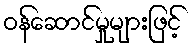
ဝန်ဆောင်မှုများဖြင့်